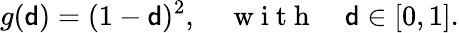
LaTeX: g({\mathsf{d}})=(1-{\mathsf{d}})^{2},\quad\mathrm{~w~i~t~h~}\quad{\mathsf{d}}\in[0,1].